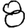
Digit: 8